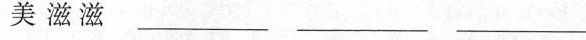
美滋滋___ ___ ___